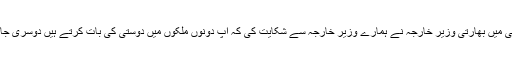
یہ ایک چھوٹا سا ادارہ تھا، یا یوں کہہ لیجیے محکمے کا قیام تھا، مگر دہلی میں بھارتی وزیر خارجہ نے ہمارے وزیر خارجہ سے شکایت کی کہ آپ دونوں ملکوں میں دوستی کی بات کرتے ہیں دوسری جانب آزاد کشمیر میں آپ نے کشمیر لبریشن سیل کے نام سے ادارہ بنایا ہے۔